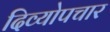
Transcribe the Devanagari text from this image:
दिव्योपचार